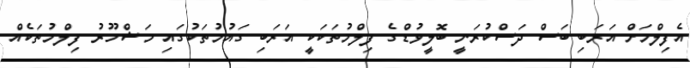
އެފިލްމަށް އަރަބި ބަސް ދަސްކުރަނީ ބޮލީވުޑްގެ ފިލްމުތަކަކީ އަރަބި ގައުމުތަކުގައި މަޝްހޫރު ފިލްމުތަކެއް